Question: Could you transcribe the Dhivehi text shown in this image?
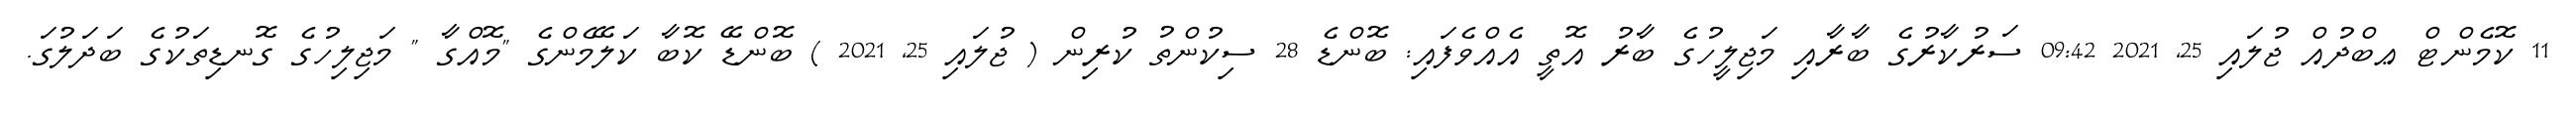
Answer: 11 ކޮމެންޓް ޢބްދުއް ޖުލައި 25, 2021 09:42 ސަރުކާރުގެ ބާރާއި މަޖިލީހުގެ ބާރު އޮތީ އެއްވެފައި: ބޮންޑެ 28 ސިކުންތު ކުރިން ( ޖުލައި 25, 2021 ) ބޮންޑޭ ކޮބާ ކަލޭމެންގެ "މޮއްގާ " މަޖިލިހުގެ ގޮނޑިތަކުގެ ބަދަލުގަ.